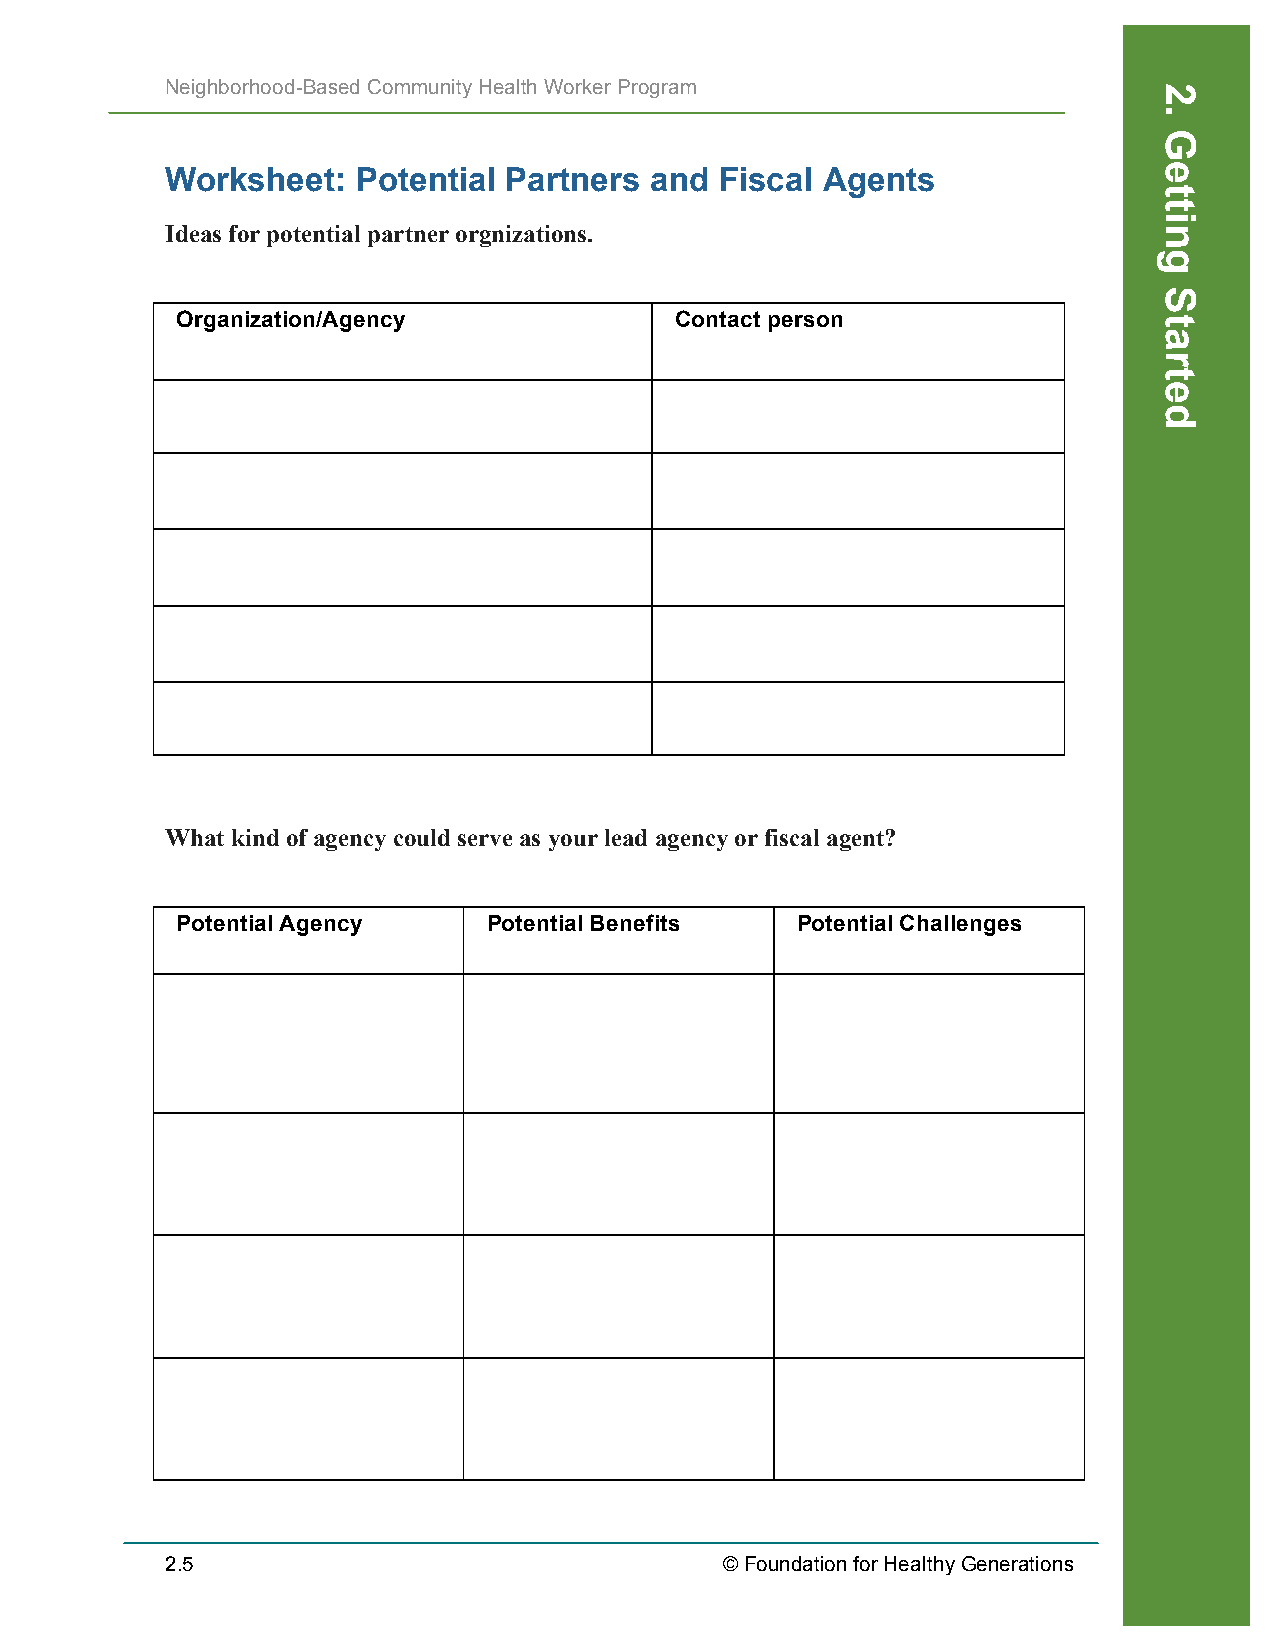
Neighborhood-Based Community Health Worker Program
 Worksheet:   Potential Partners and  Fiscal Agents
 Ideas for potential partner orgnizations.
 Organization/Agency              Contact person
 What kind of agency could serve as your lead agency or fiscal agent?
 Potential Agency    Potential Benefits   Potential Challenges
 2.5                                  © Foundation for Healthy Generations
 Recruiting
 2.
 Getting
 Started